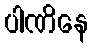
ပါဏိနေ